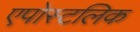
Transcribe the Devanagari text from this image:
एपोस्टलिक